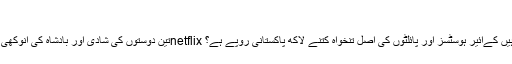
» Sky Urdu News
تین دوستوں کی شادی اور بادشاہ کی انوکھی شرط کیاآپ ایک ہفتے میں دو لاکھ روپے کمانا چاہتے ہیں تو یہ خبر پڑھ لیںnetflix آزاد کشمیر کا نوجوان راولپنڈی میں انتہائی بے دردی سے قتل کیا آپ جانتے ہیں کےائیر ہوسٹسز اور پائلٹوں کی اصل تنخواہ کتنے لاکھ پاکستانی روپے ہے؟